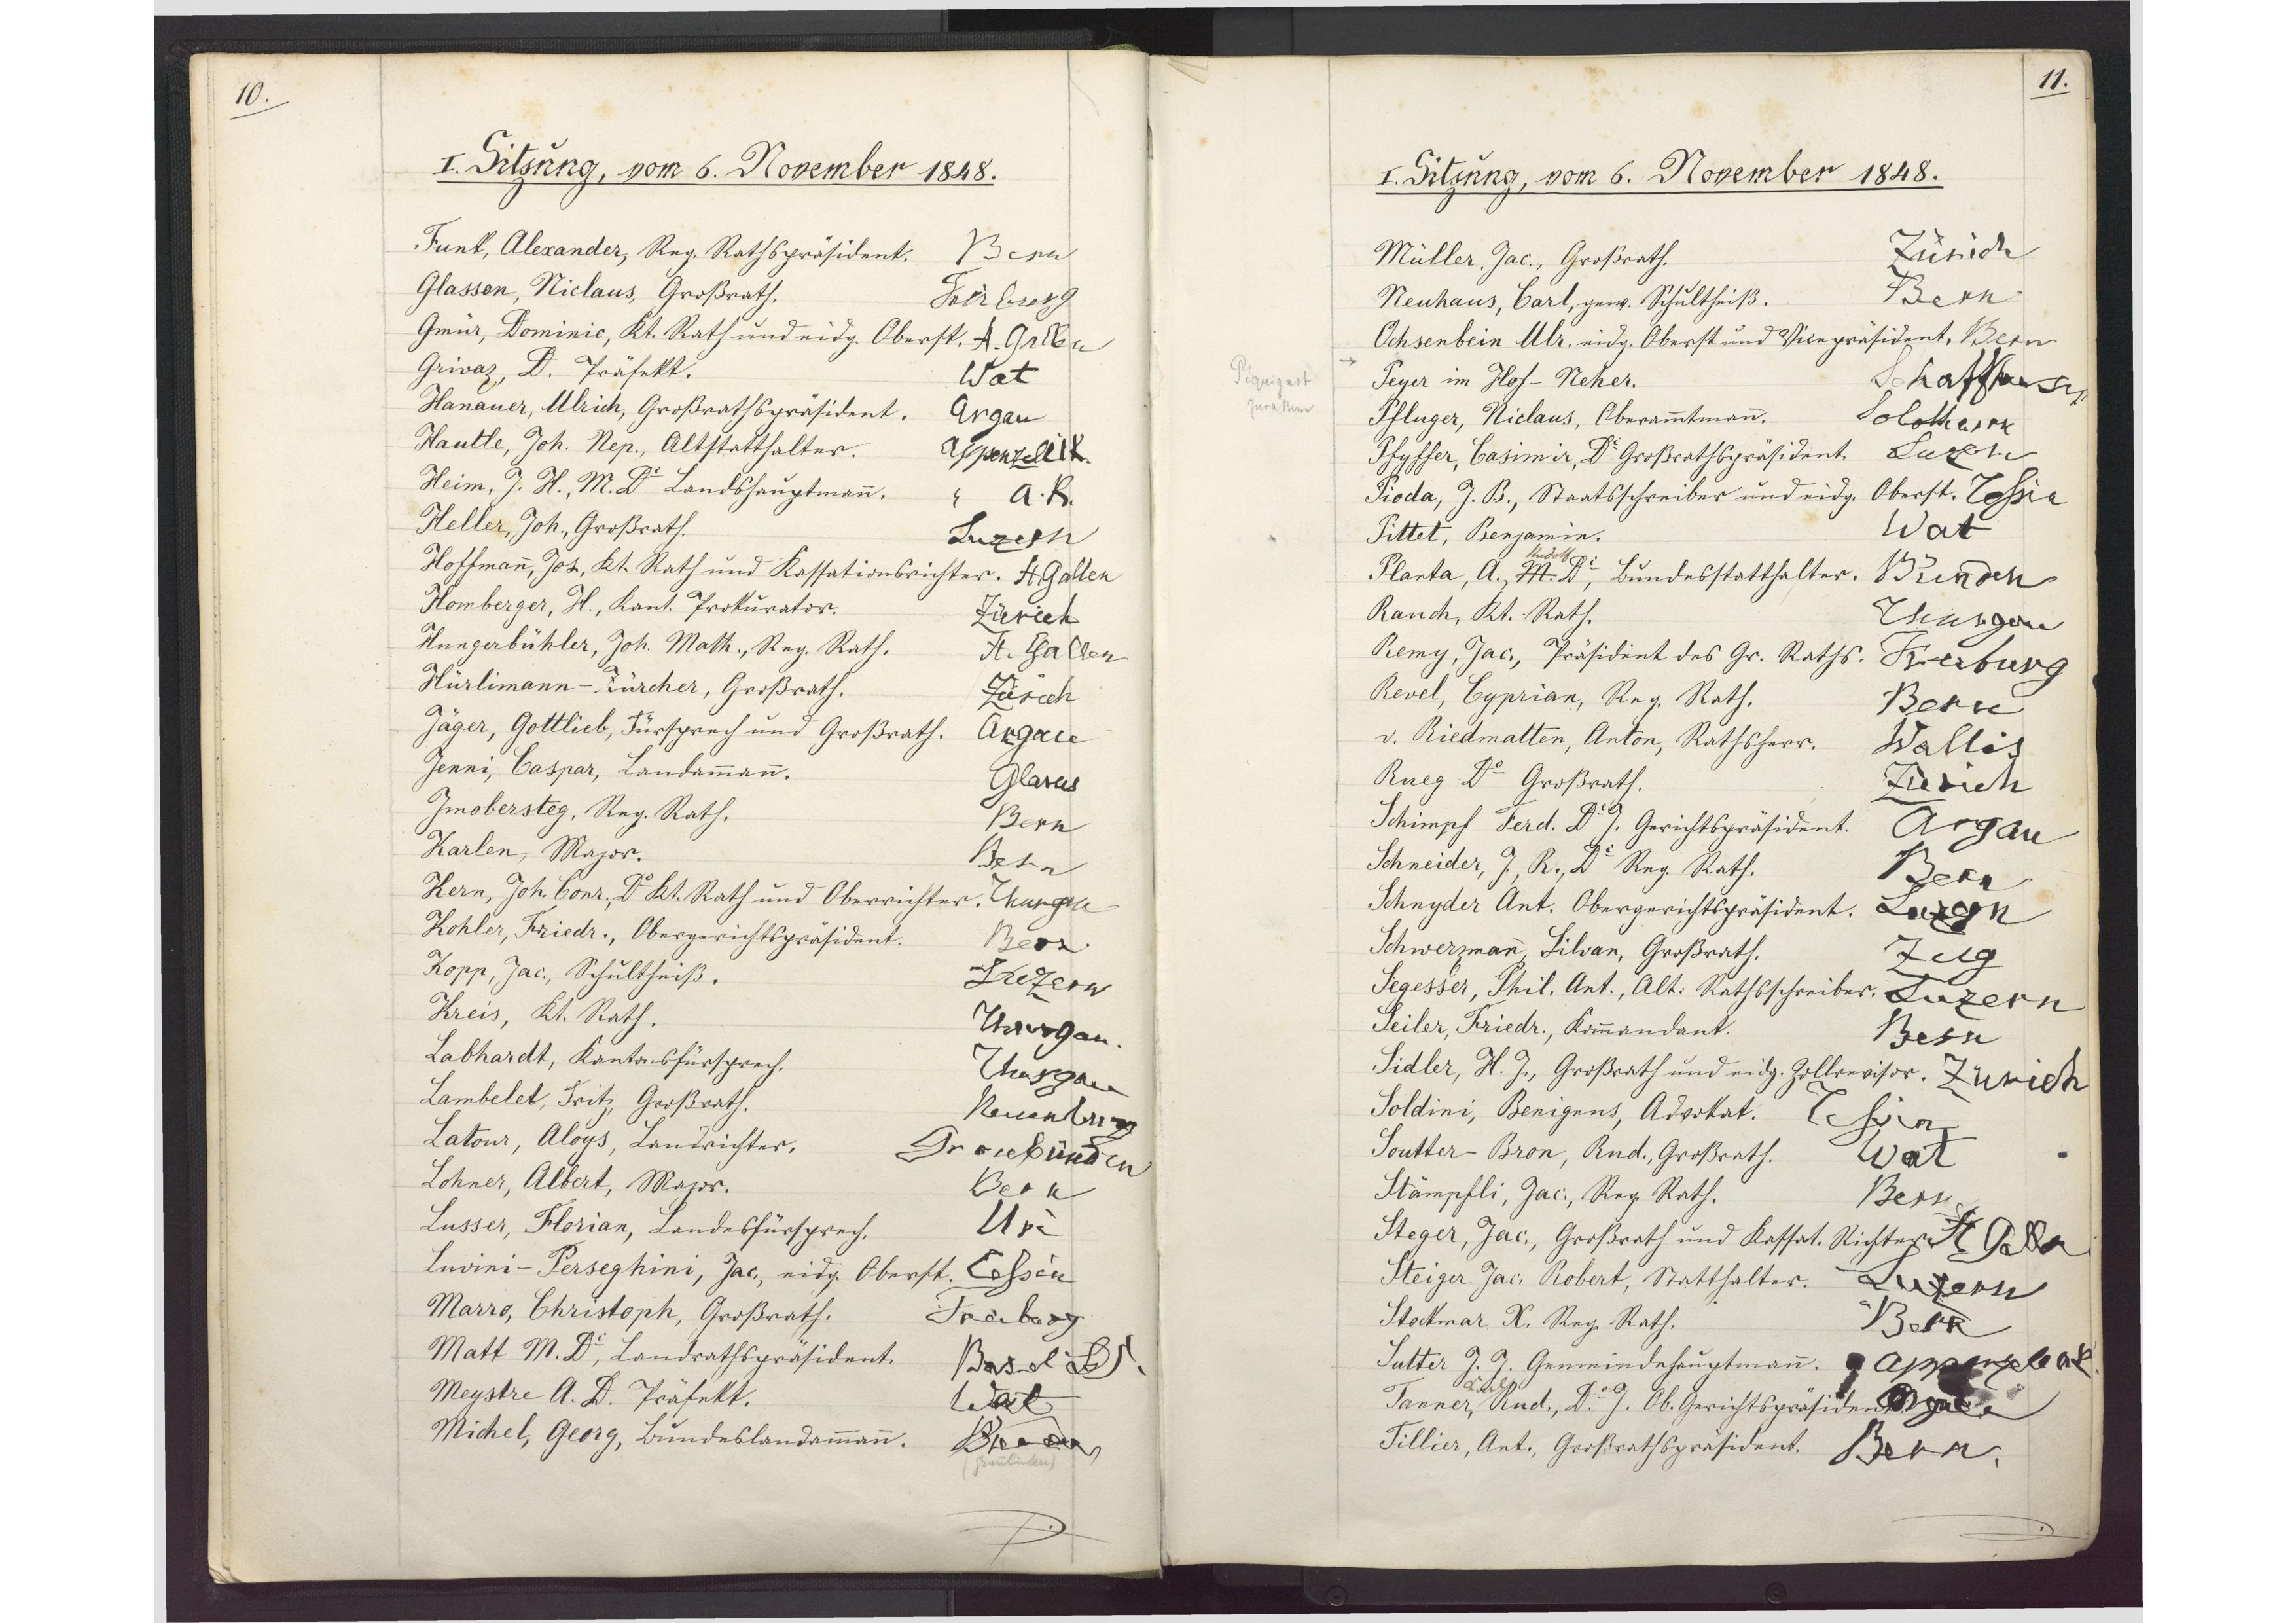
10.

I. Sitzung, vom 6. November 1848.

Funk, Alexander, Reg. Rathspräsident.
Bern
Glasson, Niclaus, Großrath.
Freiburg
Gmür, Dominic, Kt. Rath und eidg. Oberst.
St. Gallen
Grivaz, D. Präfekt.
Wat
Hanauer, Ulrich, Großrathspräsident.
Argau
Hautle, Joh. Nep., Altstatthalter.
Appenzell I R
Heim, J. H., M. Dr. Landshauptmann.
Appenzell A R
Heller, Joh., Großrath.
Luzern
Hoffmann, Joh., Kt. Rath und Kassationsrichter.
St. Gallen
Homberger, H., Kant. Prokurator.
Zürich
Hungerbühler, Joh. Math., Reg. Rath.
St. Gallen
Hürlimann-Zürcher, Großrath.
Zürich
Jäger, Gottlieb, Fürsprech und Großrath.
Argau
Jenni, Caspar, Landammann.
Glarus
Imobersteg, Reg. Rath.
Bern
Karlen, Major.
Bern
Kern, Joh. Conr., Dr. Kt. Rath und Oberrichter.
Thurgau
Kohler, Friedr., Obergerichtspräsident.
Bern
Kopp, Jac., Schultheiß.
Luzern
Kreis, Kt. Rath.
Thurgau
Labhardt, Kantonsfürsprech.
Thurgau
Lambelet, Fritz, Großrath.
Neuenburg
Latour, Aloys, Landrichter.
Graubünden
Lohner, Albert, Major.
Bern
Lusser, Florian, Landesfürsprech.
Uri
Luvini-Perseghini, Jac., eidg. Oberst.
Tessin
Marro, Christoph, Großrath.
Freiburg
Matt M. Dr., Landrathspräsident.
Basel Ld
Meystre A. D. Präfekt.
Wat
Michel, Georg, Bundeslandammann
Graubünden

11.

I. Sitzung, vom 6. November 1848.

Müller, Jac., Großrath.
Zürich
Neuhaus, Carl, gew. Schultheiß.
Bern
Ochsenbein Ulr. eidg. Oberst und Vicepräsident.
Bern
Peyer im Hof-Neher.
Schaffhausen
Pfluger, Niclaus, Oberammtmann.
Solothurn
Phyffer, Casimir, Dr. Großrathspräsident.
Luzern
Pioda, J. B., Staatsschreiber und eidg. Oberst.
Tessin
Pittet, Benjamin.
Wat
Planta, A. M. Dr.
Rudolf
Bundesstatthalter.
Graubünden
Rauch, Kt. Rath.
Thurgau
Remy, Jac., Präsident des Gr. Raths.
Freiburg
Revel, Cyprian, Reg. Rath.
Bern
v. Riedmatten, Anton, Rathsherr.
Wallis
Rueg Dr. Großrath.
Zürich
Schimpf Ferd. Dr. J. Gerichtspräsident.
Argau
Schneider, J. R., Dr. Reg. Rath.
Bern
Schnyder Ant. Obergerichtspräsident.
Luzern
Schwerzmann, Silvan, Großrath.
Zug
Segesser, Phil. Ant., Alt.-Rathsschreiber.
Luzern
Seiler, Friedr., Kommandant.
Bern
Sidler, H. J., Großrath und eidg. Zollrevisor.
Zürich
Soldini, Benignos, Advokat.
Tessin
Soutter-Bron, Rud., Großrath.
Wat
Stämpfli, Jac., Reg. Rath.
Bern
Steger, Jac., Großrath und Kassat. Richter.
St. Gallen
Steiger Jac. Robert, Statthalter.
Luzern
Stockmar K. Reg. Rath.
Bern
Sutter J. J. Gemeindehauptmann.
Appenzell A R
Tanner,
Karl
Rud., Dr. J. Ob. Gerichtspräsident.
Argau
Tillier, Ant., Großrathspräsident.
Bern

Péquignot
Jura Bern